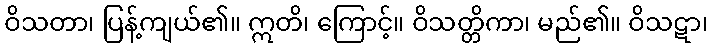
ဝိသတာ၊ ပြန့်ကျယ်၏။ ဣတိ၊ ကြောင့်။ ဝိသတ္တိကာ၊ မည်၏။ ဝိသဋာ၊